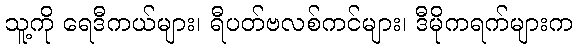
သူ့ကို ရေဒီကယ်များ၊ ရီပတ်ဗလစ်ကင်များ၊ ဒီမိုကရက်များက